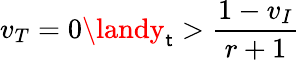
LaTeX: v_{T}=0\landy_{\mathsf{t}}>\frac{{1-v_{I}}}{{r+1}}